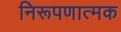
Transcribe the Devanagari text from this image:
निरूपणात्मक